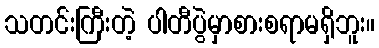
သတင်းကြီးတဲ့ ပါတီပွဲမှာစားစရာမရှိဘူး။